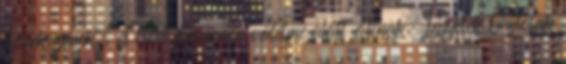
növekszenek, és St. Germain védelme alatt állnak. Legyetek biztosak